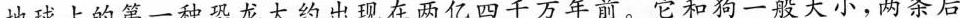
地球上的第一种恐龙大约出现在两亿四千万年前。它和狗一般大小，两条后